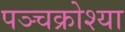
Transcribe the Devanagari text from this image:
पञ्चक्रोश्या